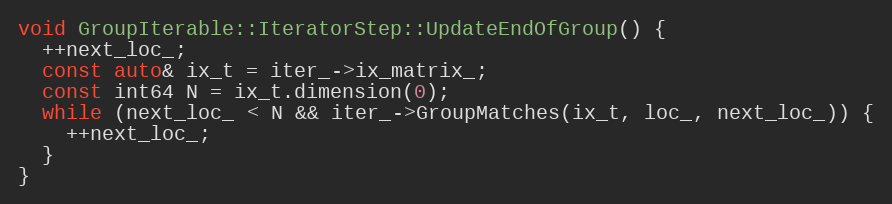
Language: C++
void GroupIterable::IteratorStep::UpdateEndOfGroup() {
  ++next_loc_;
  const auto& ix_t = iter_->ix_matrix_;
  const int64 N = ix_t.dimension(0);
  while (next_loc_ < N && iter_->GroupMatches(ix_t, loc_, next_loc_)) {
    ++next_loc_;
  }
}